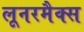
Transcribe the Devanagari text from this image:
लूनरमैक्स